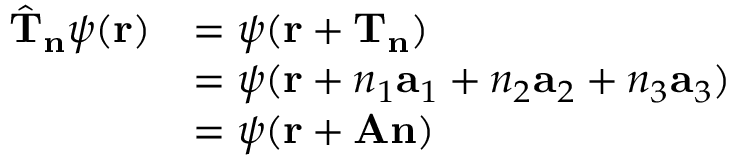
{ \begin{array} { r l } { { \hat { \mathbf { T } } } _ { \mathbf { n } } \psi ( \mathbf { r } ) } & { = \psi ( \mathbf { r } + \mathbf { T } _ { \mathbf { n } } ) } \\ & { = \psi ( \mathbf { r } + n _ { 1 } \mathbf { a } _ { 1 } + n _ { 2 } \mathbf { a } _ { 2 } + n _ { 3 } \mathbf { a } _ { 3 } ) } \\ & { = \psi ( \mathbf { r } + \mathbf { A } \mathbf { n } ) } \end{array} }